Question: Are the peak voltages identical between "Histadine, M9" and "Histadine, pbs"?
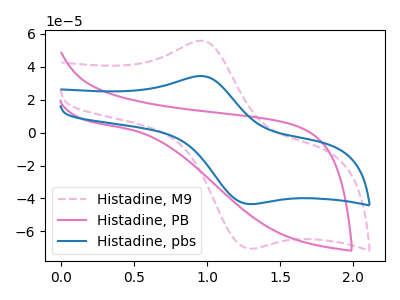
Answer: <think>The pink dashed curve "Histadine, M9" has an anodic peak at (0.95V, 55.90uA) and a cathodic peak at (1.30V, -70.45uA). The pink curve "Histadine, PB" has no peaks. The blue curve "Histadine, pbs" has an anodic peak at (0.95V, 34.45uA) and a cathodic peak at (1.30V, -43.40uA).</think>
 <answer>Yes, "Histadine, M9" have a peak in "Histadine, pbs" at the same potential.</answer>
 <eval>match</eval>